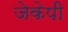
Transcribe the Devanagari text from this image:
जेकेपी